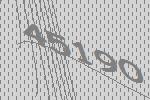
45190